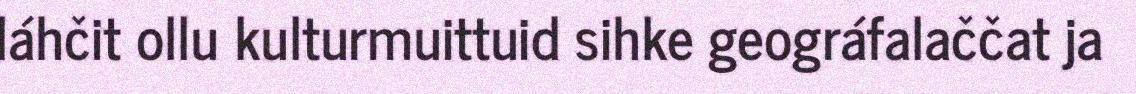
láhčit ollu kulturmuittuid sihke geográfalaččat ja